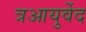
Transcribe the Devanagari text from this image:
त्रआयुर्वेद